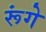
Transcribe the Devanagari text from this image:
रूंगे